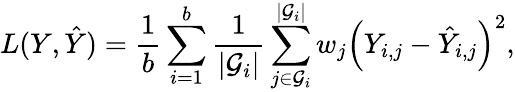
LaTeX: L(Y,\hat{Y})=\frac{1}{b}\sum_{i=1}^{b}\frac{1}{|\mathcal{G}_{i}|}\sum_{j\in\mathcal{G}_{i}}^{|\mathcal{G}_{i}|}w_{j}\Bigl(Y_{i,j}-\hat{Y}_{i,j}\Bigr)^{2},